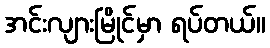
အင်းလျားမြိုင်မှာ ရပ်တယ်။